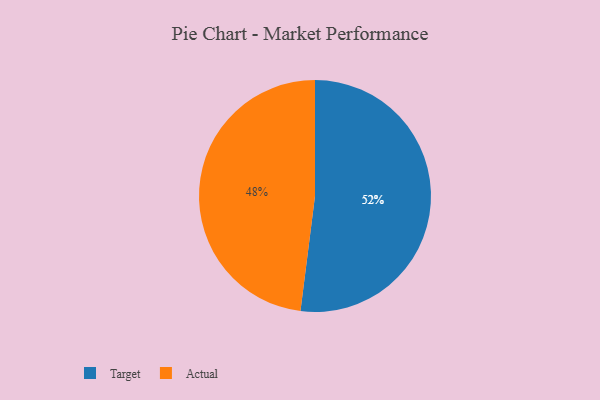
{"axis": {"x": "Category", "y": "Percentage"}, "legend": ["Actual", "Target"], "data": [{"x": "Target", "y": 52, "type": "Target"}, {"x": "Actual", "y": 48, "type": "Actual"}]}